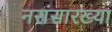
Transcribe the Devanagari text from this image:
नरांसारख्या